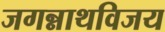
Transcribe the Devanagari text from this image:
जगन्नाथविजय